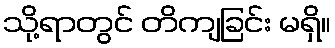
သို့ရာတွင် တိကျခြင်း မရှိ။